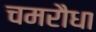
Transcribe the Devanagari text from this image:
चमरौधा